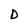
Character: D